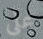
على